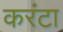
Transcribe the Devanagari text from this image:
करंटा